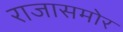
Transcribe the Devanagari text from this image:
राजासमोर